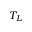
T _ { L }